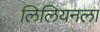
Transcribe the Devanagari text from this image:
लिलियनला